Annual administration report of the Civil Veterinary Department of India - 1892-1893
Year: 1892
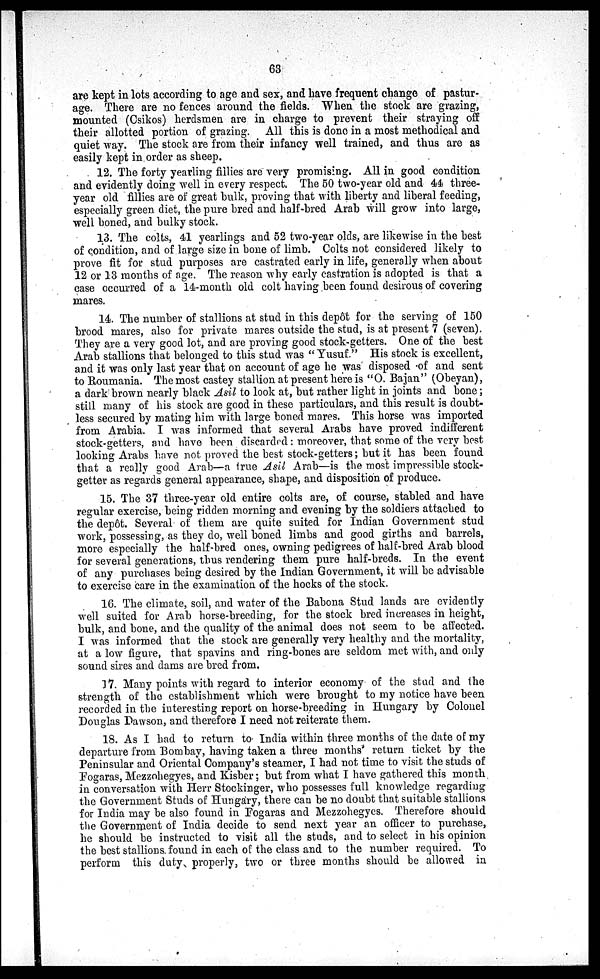
63
are kept in lots according to age and sex, and have frequent change of pastur-
age. There are no fences around the fields. When the stock are grazing,
mounted (Csikos) herdsmen are in charge to prevent their straying off
their allotted portion of grazing. All this is done in a most methodical and
quiet way. The stock are from their infancy well trained, and thus are as
easily kept in order as sheep.
12. The forty yearling fillies are very promising. All in good condition
and evidently doing well in every respect. The 50 two-year old and 44 three-
year old fillies are of great bulk, proving that with liberty and liberal feeding,
especially green diet, the pure bred and half-bred Arab will grow into large,
well boned, and bulky stock.
13. The colts, 41 yearlings and 52 two-year olds, are likewise in the best
of condition, and of large size in bone of limb. Colts not considered likely to
prove fit for stud purposes are castrated early in life, generally when about
12 or 13 months of age. The reason why early castration is adopted is that a
case occurred of a 14-month old colt having been found desirous of covering
mares.
14. The number of stallions at stud in this depôt for the serving of 150
brood mares, also for private mares outside the stud, is at present 7 (seven).
They are a very good lot, and are proving good stock-getters. One of the best
Arab stallions that belonged to this stud was "Yusuf." His stock is excellent,
and it was only last year that on account of age he was disposed of and sent
to Roumania. The most castey stallion at present here is "O. Bajan" (Obeyan),
a dark brown nearly black Asil to look at, but rather light in joints and bone;
still many of his stock are good in these particulars, and this result is doubt-
less secured by mating him with large boned mares. This horse was imported
from Arabia. I was informed that several Arabs have proved indifferent
stock-getters, and have been discarded: moreover, that some of the very best
looking Arabs have not proved the best stock-getters; but it has been found
that a really good Arab—a true Asil Arab—is the most impressible stock-
getter as regards general appearance, shape, and disposition of produce.
15. The 37 three-year old entire colts are, of course, stabled and have
regular exercise, being ridden morning and evening by the soldiers attached to
the depôt. Several of them are quite suited for Indian Government stud
work, possessing, as they do, well boned limbs and good girths and barrels,
more especially the half-bred ones, owning pedigrees of half-bred Arab blood
for several generations, thus rendering them pure half-breds. In the event
of any purchases being desired by the Indian Government, it will be advisable
to exercise care in the examination of the hocks of the stock.
16. The climate, soil, and water of the Babona Stud lands are evidently
well suited for Arab horse-breeding, for the stock bred increases in height,
bulk, and bone, and the quality of the animal does not seem to be affected.
I was informed that the stock are generally very healthy and the mortality,
at a low figure, that spavins and ring-bones are seldom met with, and only
sound sires and dams are bred from.
17. Many points with regard to interior economy of the stud and the
strength of the establishment which were brought to my notice have been
recorded in the interesting report on horse-breeding in Hungary by Colonel
Douglas Dawson, and therefore I need not reiterate them.
18. As I had to return to India within three months of the date of my
departure from Bombay, having taken a three months return ticket by the
Peninsular and Oriental Company's steamer, I had not time to visit the studs of
Fogaras, Mezzohegyes, and Kisber; but from what I have gathered this month
in conversation with Herr Stockinger, who possesses full knowledge regarding
the Government Studs of Hungary, there can be no doubt that suitable stallions
for India may be also found in Fogaras and Mezzohegyes. Therefore should
the Government of India decide to send next year an officer to purchase,
he should be instructed to visit all the studs, and to select in his opinion
the best stallions found in each of the class and to the number required. To
perform this duty properly, two or three months should be allowed in